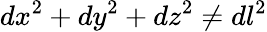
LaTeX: dx^{2}+dy^{2}+dz^{2}\neq dl^{2}